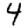
Digit: 4